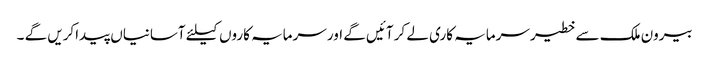
بیرون ملک سے خطیر سرمایہ کاری لے کر آئیں گے اور سرمایہ کاروں کیلئے آسانیاں پیداکریں گے ۔